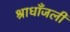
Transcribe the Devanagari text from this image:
श्राधाँजली